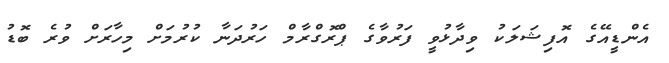
އެންޑީއޭގެ އޮފިޝަލަކު ވިދާޅުވީ ފަރުވާގެ ޕްރޮގްރާމް ހަރުދަނާ ކުރުމަށް މިހާރަށް ވުރެ ބޮޑު